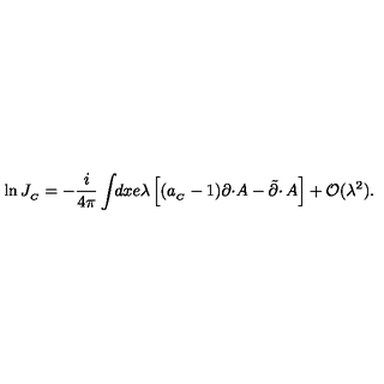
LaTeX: \ln J _ { _ C } = - \frac { i } { 4 \pi } \int \! \! d x e \lambda \left[ ( a _ { _ C } - 1 ) \partial \cdotp \! A - \tilde { \partial } \cdotp A \right] + { \cal O } ( \lambda ^ { 2 } ) .